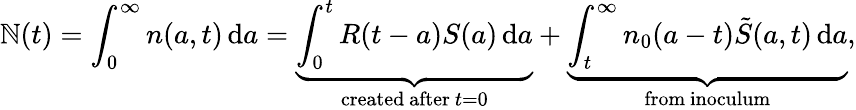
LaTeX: \mathbb{N}(t)=\int_{0}^{\infty}{n(a,t)\, \mathrm{{d}}a=\underbrace{{\int_{0}^{t}{R(t-a)S(a)\, \mathrm{{d}}a}}}_{\mathrm{{created~after~}}t=0}+\underbrace{{\int_{t}^{\infty}{{{n}_{0}}(a-t)\tilde{{S}}({a,t})\, \mathrm{{d}}a}}}_{\mathrm{{from~inoculum}}}},